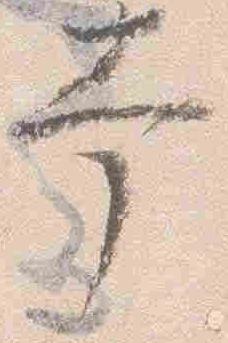
幸